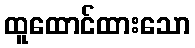
ထူထောင်ထားသော